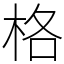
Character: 格